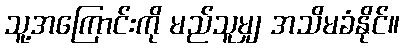
သူ့အကြောင်းကို မည်သူမျှ အသိမခံနိုင်။